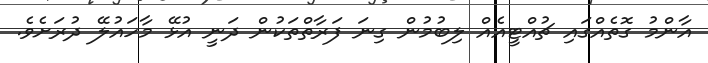
އާންމު ގޮތެއްގައި ޗުއްޓީއެއް ލިބުމުން ގިނަ ފަރާތްތަކުން ދަނީ އުޅޭ މާހައުލޭ ދުރަށެވެ.